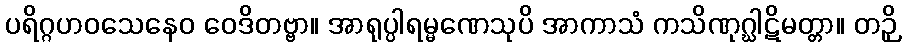
ပရိဂ္ဂဟဝသေနေဝ ဝေဒိတဗ္ဗာ။ အာရုပ္ပါရမ္မဏေသုပိ အာကာသံ ကသိဏုဂ္ဃါဋိမတ္တာ။ တဉှိ